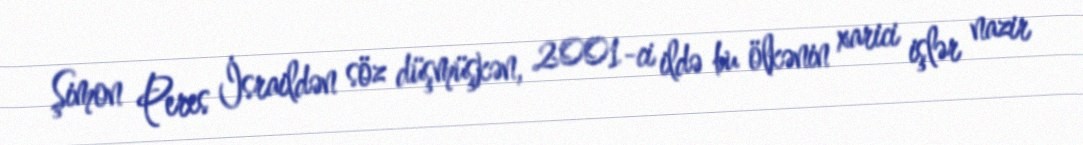
Şimon Peres İsraildən söz düşmüşkən, 2001-ci ildə bu ölkənin xarici işlər nazir